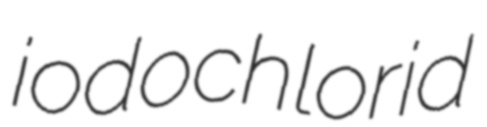
iodochlorid